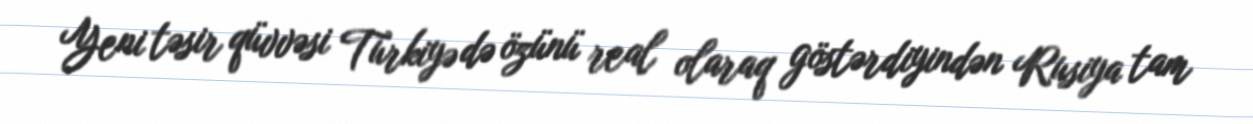
Yeni təsir qüvvəsi Türkiyə də özünü real olaraq göstərdiyindən Rusiya tam